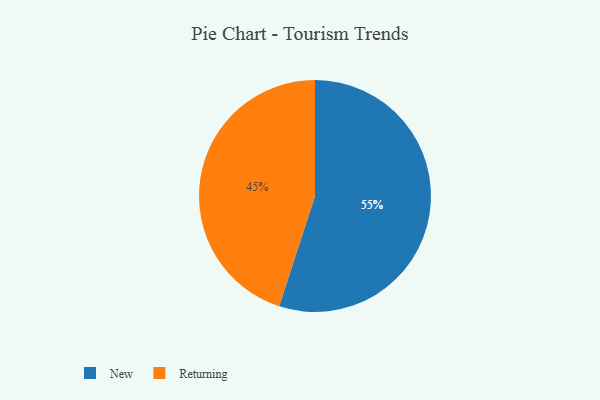
{"axis": {"x": "Category", "y": "Percentage"}, "legend": ["New", "Returning"], "data": [{"x": "Returning", "y": 45, "type": "Returning"}, {"x": "New", "y": 55, "type": "New"}]}